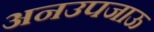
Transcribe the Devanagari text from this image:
अनउपजाऊ